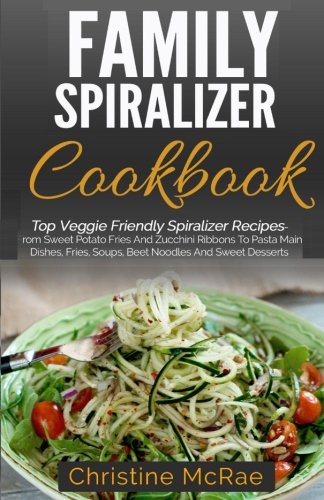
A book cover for Family Spiralizer Cookbook: Top Veggie Friendly Spiralizer Recipes- From Sweet Potato Fries And Zucchini Ribbons To Pasta Main Dishes, Fries, Soups, Beet Noodles And Sweet Desserts; Christine Mcrae; Cookbooks, Food & Wine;